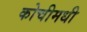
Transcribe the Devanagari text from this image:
कोचीमधी